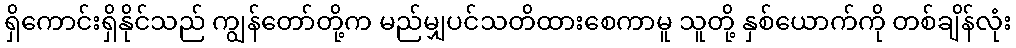
ရှိကောင်းရှိနိုင်သည် ကျွန်တော်တို့က မည်မျှပင်သတိထားစေကာမူ သူတို့ နှစ်ယောက်ကို တစ်ချိန်လုံး